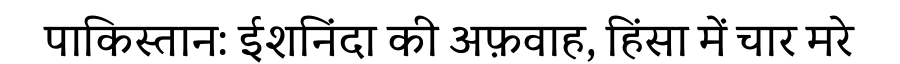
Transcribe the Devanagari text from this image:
पाकिस्तान: ईशनिंदा की अफ़वाह, हिंसा में चार मरे